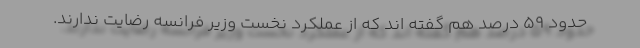
حدود ۵۹ درصد هم گفته اند که از عملکرد نخست وزیر فرانسه رضایت ندارند.